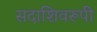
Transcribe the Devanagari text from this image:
सदाशिवरूपी